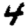
Digit: 4